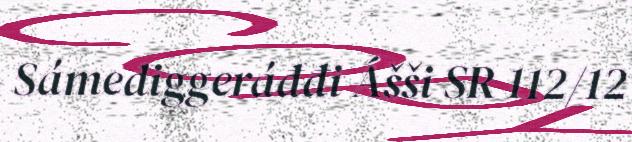
Sámediggeráđđi Ášši SR 112/12